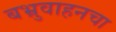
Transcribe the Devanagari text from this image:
बभ्रुवाहनचा